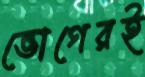
ভোগেরই